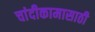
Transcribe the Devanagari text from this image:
चांदीकामासाठी